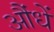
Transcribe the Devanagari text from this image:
औंधें